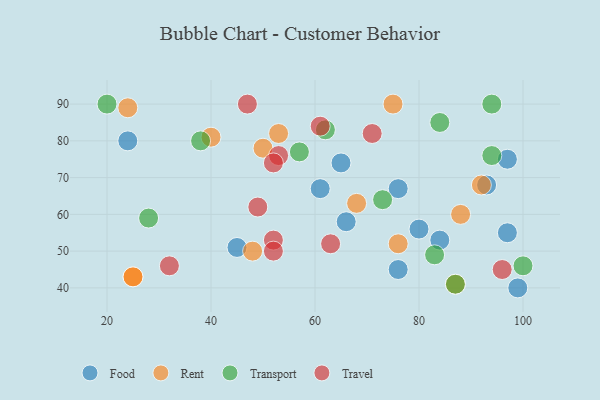
{"axis": {"x": "GDP", "y": "Life Expectancy"}, "legend": ["Food", "Rent", "Transport", "Travel"], "data": [{"x": "45", "y": 51, "type": "Food"}, {"x": "65", "y": 74, "type": "Food"}, {"x": "99", "y": 40, "type": "Food"}, {"x": "80", "y": 56, "type": "Food"}, {"x": "66", "y": 58, "type": "Food"}, {"x": "24", "y": 80, "type": "Food"}, {"x": "76", "y": 45, "type": "Food"}, {"x": "84", "y": 53, "type": "Food"}, {"x": "97", "y": 55, "type": "Food"}, {"x": "76", "y": 67, "type": "Food"}, {"x": "93", "y": 68, "type": "Food"}, {"x": "61", "y": 67, "type": "Food"}, {"x": "97", "y": 75, "type": "Food"}, {"x": "76", "y": 52, "type": "Rent"}, {"x": "48", "y": 50, "type": "Rent"}, {"x": "92", "y": 68, "type": "Rent"}, {"x": "68", "y": 63, "type": "Rent"}, {"x": "25", "y": 43, "type": "Rent"}, {"x": "88", "y": 60, "type": "Rent"}, {"x": "75", "y": 90, "type": "Rent"}, {"x": "87", "y": 41, "type": "Rent"}, {"x": "40", "y": 81, "type": "Rent"}, {"x": "24", "y": 89, "type": "Rent"}, {"x": "53", "y": 82, "type": "Rent"}, {"x": "50", "y": 78, "type": "Rent"}, {"x": "25", "y": 43, "type": "Rent"}, {"x": "87", "y": 41, "type": "Transport"}, {"x": "94", "y": 76, "type": "Transport"}, {"x": "73", "y": 64, "type": "Transport"}, {"x": "83", "y": 49, "type": "Transport"}, {"x": "28", "y": 59, "type": "Transport"}, {"x": "57", "y": 77, "type": "Transport"}, {"x": "62", "y": 83, "type": "Transport"}, {"x": "94", "y": 90, "type": "Transport"}, {"x": "20", "y": 90, "type": "Transport"}, {"x": "100", "y": 46, "type": "Transport"}, {"x": "38", "y": 80, "type": "Transport"}, {"x": "84", "y": 85, "type": "Transport"}, {"x": "53", "y": 76, "type": "Travel"}, {"x": "61", "y": 84, "type": "Travel"}, {"x": "63", "y": 52, "type": "Travel"}, {"x": "71", "y": 82, "type": "Travel"}, {"x": "32", "y": 46, "type": "Travel"}, {"x": "52", "y": 74, "type": "Travel"}, {"x": "47", "y": 90, "type": "Travel"}, {"x": "52", "y": 53, "type": "Travel"}, {"x": "52", "y": 50, "type": "Travel"}, {"x": "96", "y": 45, "type": "Travel"}, {"x": "49", "y": 62, "type": "Travel"}]}